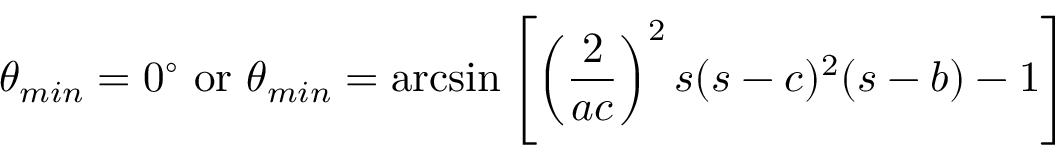
\theta _ { m i n } = 0 ^ { \circ } \, \, \mathrm { o r } \, \, \theta _ { m i n } = \arcsin \left[ \left( \frac { 2 } { a c } \right) ^ { 2 } s ( s - c ) ^ { 2 } ( s - b ) - 1 \right]